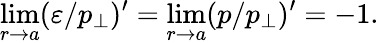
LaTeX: \operatorname*{lim}_{r\to a}(\varepsilon/p_{\perp})^{\prime}=\operatorname*{lim}_{r\to a}(p/p_{\perp})^{\prime}=-1.